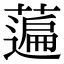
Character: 𦽟